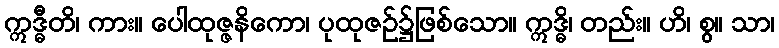
ဣဒ္ဓီတိ၊ ကား။ ပေါထုဇ္ဇနိကော၊ ပုထုဇဉ်၌ဖြစ်သော။ ဣဒ္ဓိ၊ တည်း။ ဟိ၊ စွ။ သာ၊